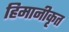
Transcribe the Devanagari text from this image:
हिमानीकृत